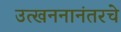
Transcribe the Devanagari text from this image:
उत्खननानंतरचे